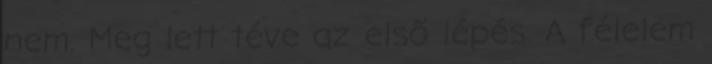
nem. Meg lett téve az első lépés. A félelem